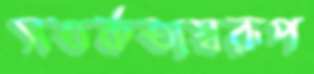
সতর্কতাস্বরূপ